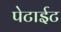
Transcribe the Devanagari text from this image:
पेटाईट